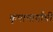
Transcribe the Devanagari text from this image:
कृपाचार्यांची